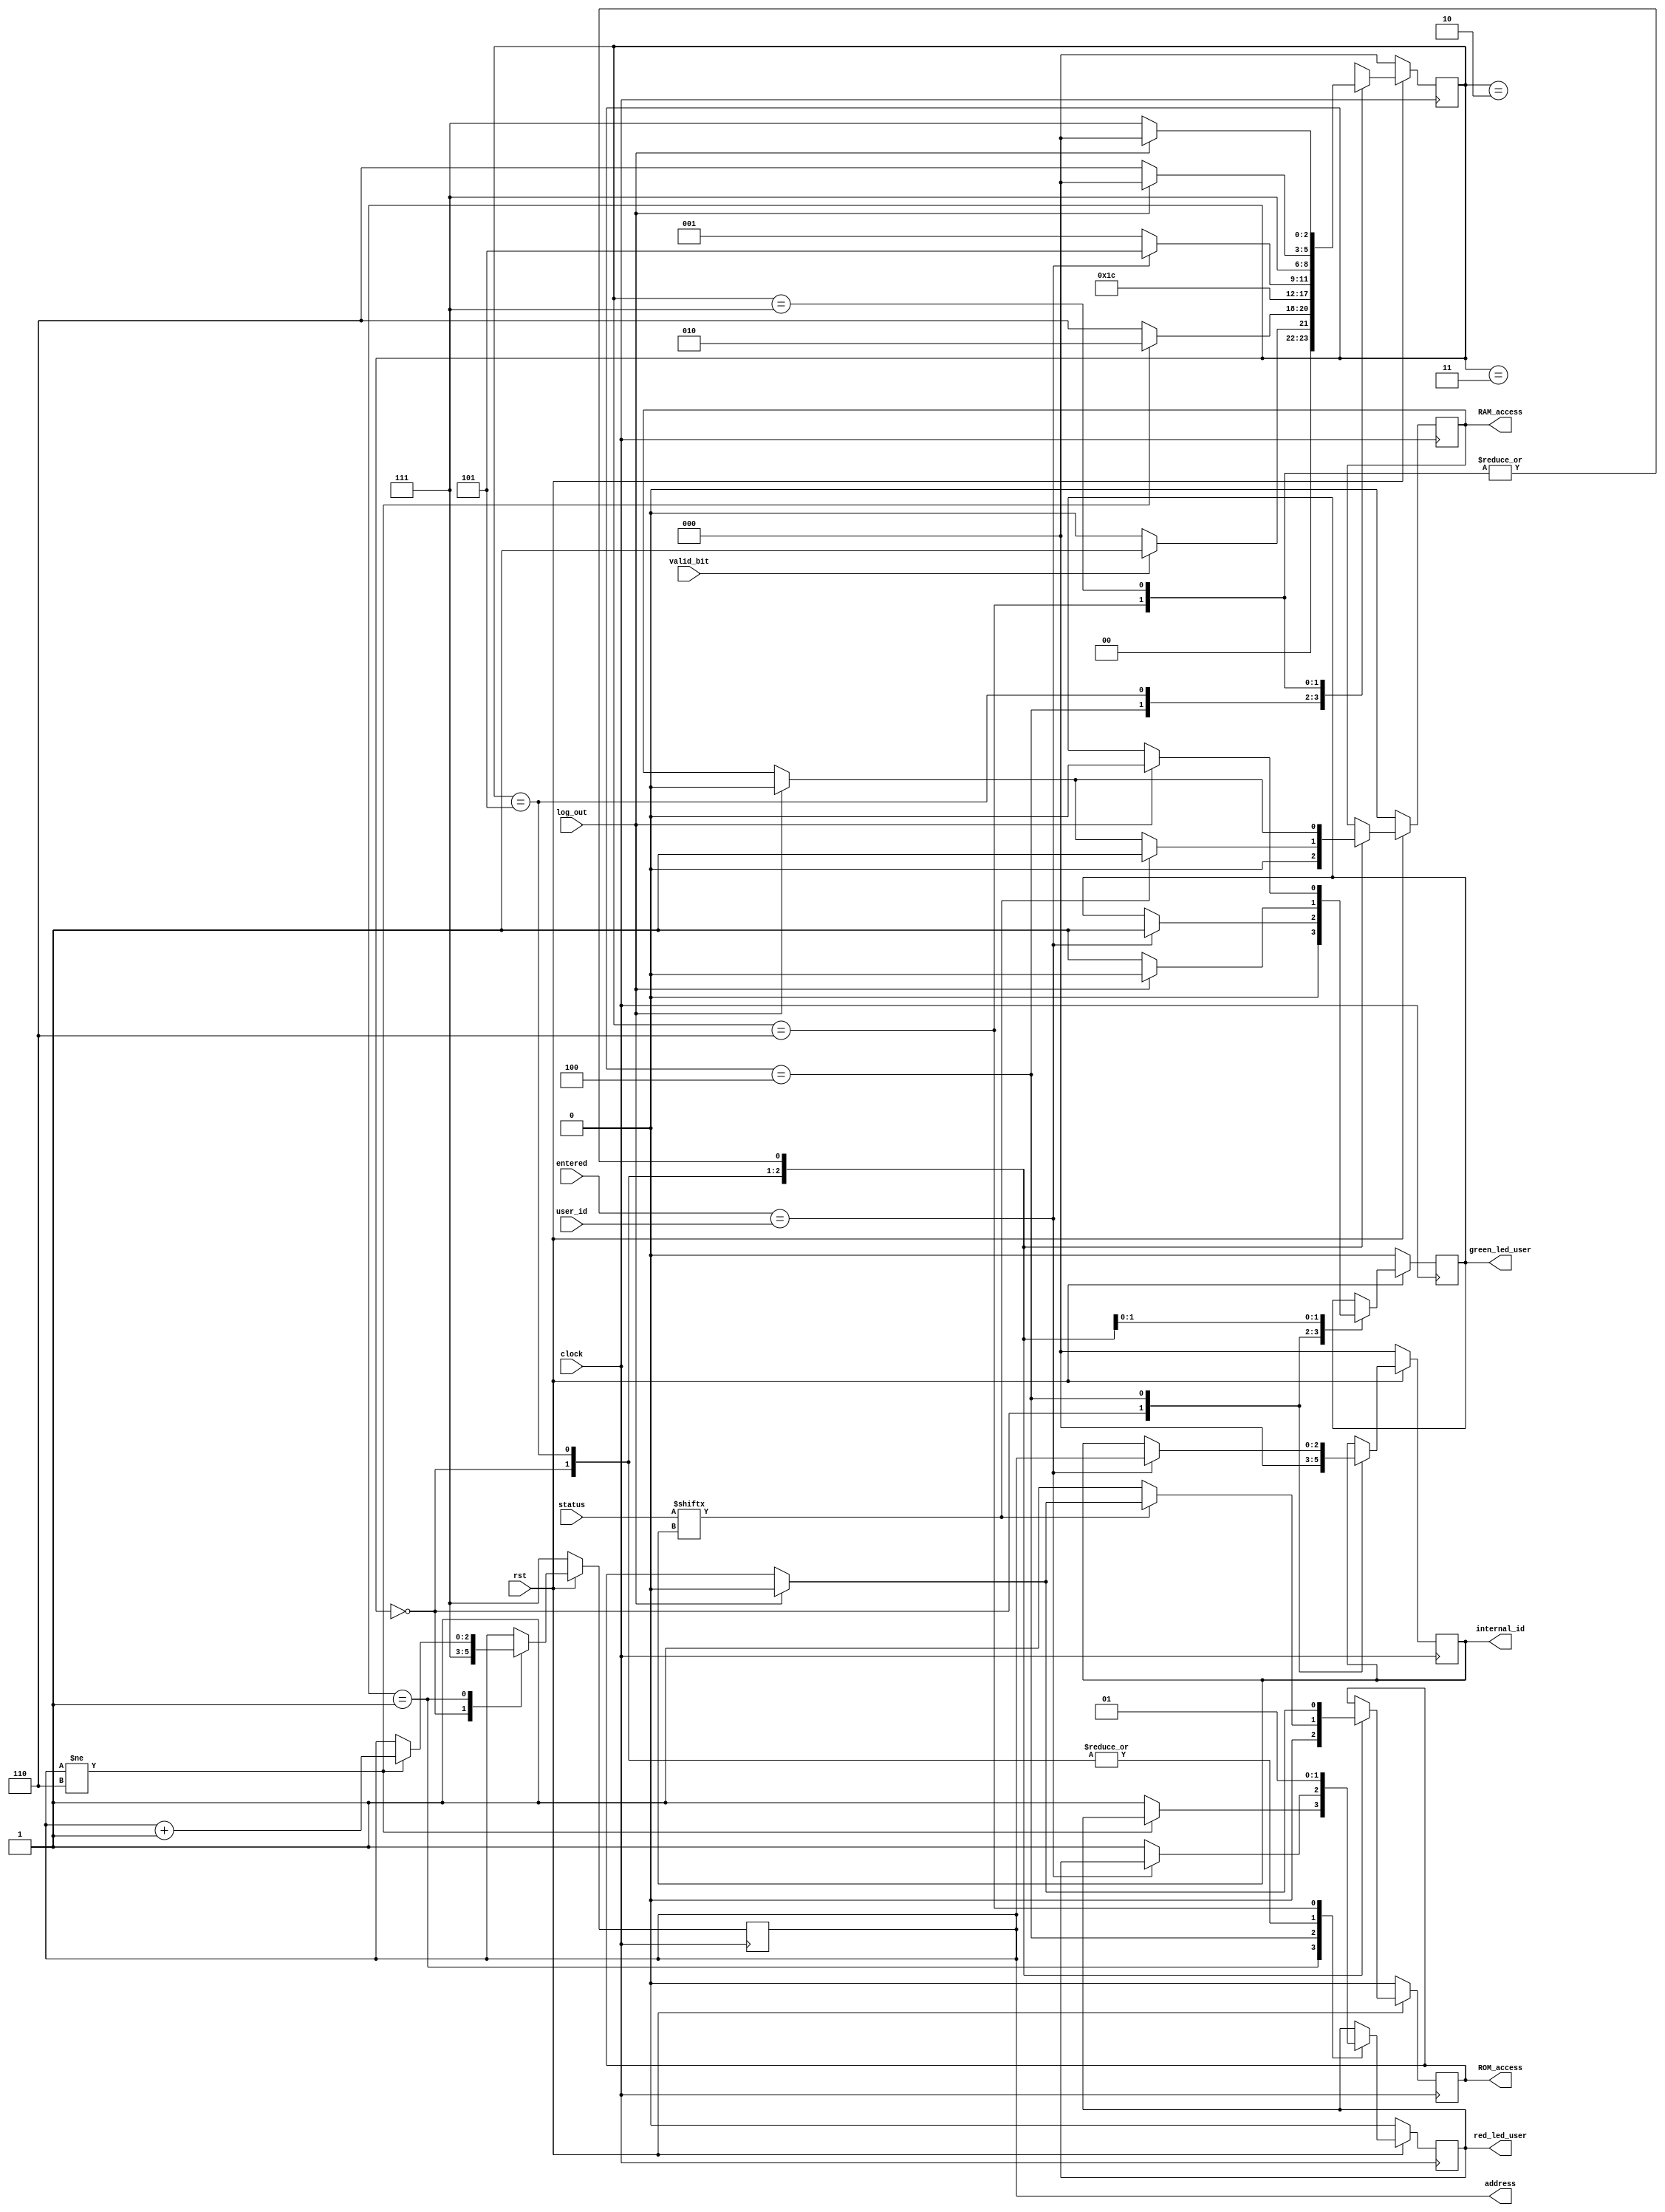
module ROM_User_ID_Control(entered,log_out,valid_bit,status,address,user_id,internal_id,ROM_access,RAM_access,green_led_user,red_led_user,clock,rst);
 input[15:0] entered,user_id; 
 input [6:0] status;
 output reg [2:0] internal_id,address;
 output reg ROM_access,RAM_access,red_led_user,green_led_user;
 input valid_bit,log_out;
 input clock,rst;
 reg[2:0] state;
 parameter INIT=0,ROM_addr=1,delay1=2,delay2=3,comparing=4,ROM_RAM_access=5,fail=6,halt=7;

always @(posedge clock)
begin
 if(rst==0)
 begin
  red_led_user<=0;
  green_led_user<=0;
  state<=INIT;
  address<=3'b111;
  ROM_access<=0;
  RAM_access<=0;
  internal_id<=3'b000;
 end
 else
 begin
  case(state)
  INIT:
  begin
   red_led_user<=0;
   green_led_user<=0;
   address<=3'b111;
   ROM_access<=0;
   RAM_access<=0;
   internal_id<=3'b000;
   if(valid_bit==1)
   begin
    state<=ROM_addr;
   end
   else state<=INIT;
  end
  ROM_addr:
  begin
   if(address!=3'b110)
   begin
   address<=address+3'b001;
   state<=delay1;
   end
   else begin 
   state<=fail;
   red_led_user<=1;
   end
  end
  delay1:
  begin
   state<=delay2;
  end
  delay2:
  begin
   state<=comparing;
  end
  comparing:
  begin
   if(entered==user_id)
   begin
    green_led_user<=1;
    internal_id<=address;
    state<=ROM_RAM_access;
   end
   else
   begin
    red_led_user<=1;
    state<=ROM_addr;
   end
  end
  ROM_RAM_access:
  begin
   green_led_user<=1;
   red_led_user<=0;
   if(log_out==1)
   begin
    ROM_access<=0;
    RAM_access<=0;
    state<=INIT;
    green_led_user<=0;
   end
   else begin
    state<=ROM_RAM_access;
   end
   if(status[internal_id]==1)
   begin
    RAM_access<=1;
    state<=halt;
   end
   else
   begin
    ROM_access<=1;
    state<=halt;
   end
  end
  fail:
  begin
   red_led_user<=1;
   if(log_out==1)
   begin
    ROM_access<=0;
    RAM_access<=0;
    green_led_user<=0;
    state<=INIT;
   end
   else
    state<=fail;
  end
  halt:
  begin
   if(log_out==1)
   begin
    ROM_access<=0;
    RAM_access<=0;
    state<=INIT;
    green_led_user<=0;
   end
   else
    state<=halt;  
  end
  endcase
 end
end
endmodule